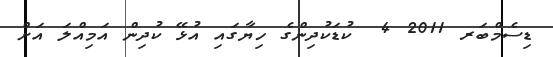
ޑިސެމްބަރ 2011 4  ކުޑަކުދިންގެ ހިޔާގައި އުޅޭ ކުދިން އަމިއްލަ އަށް